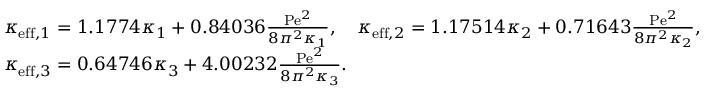
\begin{array} { r l } & { \kappa _ { \mathrm { e f f } , 1 } = 1 . 1 7 7 4 \kappa _ { 1 } + 0 . 8 4 0 3 6 \frac { \mathrm { P e } ^ { 2 } } { 8 \pi ^ { 2 } \kappa _ { 1 } } , \quad \kappa _ { \mathrm { e f f } , 2 } = 1 . 1 7 5 1 4 \kappa _ { 2 } + 0 . 7 1 6 4 3 \frac { \mathrm { P e } ^ { 2 } } { 8 \pi ^ { 2 } \kappa _ { 2 } } , } \\ & { \kappa _ { \mathrm { e f f } , 3 } = 0 . 6 4 7 4 6 \kappa _ { 3 } + 4 . 0 0 2 3 2 \frac { \mathrm { P e } ^ { 2 } } { 8 \pi ^ { 2 } \kappa _ { 3 } } . } \end{array}